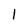
Character: l